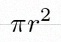
\pi r^2